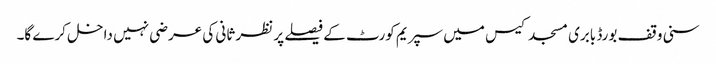
سنی وقف بورڈ بابری مسجد کیس میں سپریم کورٹ کے فیصلے پر نظر ثانی کی عرضی نہیں داخل کرے گا۔